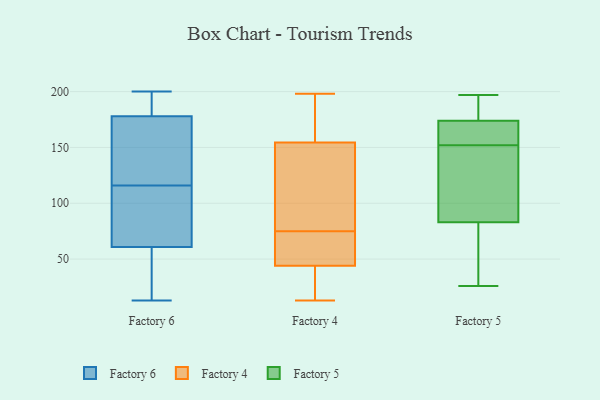
{"axis": {"x": "Demand Index", "y": "Value"}, "legend": ["Factory 4", "Factory 5", "Factory 6"], "data": [{"x": "", "y": 199, "type": "Factory 6"}, {"x": "", "y": 13, "type": "Factory 6"}, {"x": "", "y": 99, "type": "Factory 6"}, {"x": "", "y": 41, "type": "Factory 6"}, {"x": "", "y": 172, "type": "Factory 6"}, {"x": "", "y": 192, "type": "Factory 6"}, {"x": "", "y": 134, "type": "Factory 6"}, {"x": "", "y": 180, "type": "Factory 6"}, {"x": "", "y": 73, "type": "Factory 6"}, {"x": "", "y": 200, "type": "Factory 6"}, {"x": "", "y": 29, "type": "Factory 6"}, {"x": "", "y": 66, "type": "Factory 6"}, {"x": "", "y": 59, "type": "Factory 6"}, {"x": "", "y": 120, "type": "Factory 6"}, {"x": "", "y": 116, "type": "Factory 6"}, {"x": "", "y": 67, "type": "Factory 4"}, {"x": "", "y": 187, "type": "Factory 4"}, {"x": "", "y": 115, "type": "Factory 4"}, {"x": "", "y": 129, "type": "Factory 4"}, {"x": "", "y": 63, "type": "Factory 4"}, {"x": "", "y": 148, "type": "Factory 4"}, {"x": "", "y": 162, "type": "Factory 4"}, {"x": "", "y": 193, "type": "Factory 4"}, {"x": "", "y": 161, "type": "Factory 4"}, {"x": "", "y": 55, "type": "Factory 4"}, {"x": "", "y": 30, "type": "Factory 4"}, {"x": "", "y": 31, "type": "Factory 4"}, {"x": "", "y": 15, "type": "Factory 4"}, {"x": "", "y": 118, "type": "Factory 4"}, {"x": "", "y": 81, "type": "Factory 4"}, {"x": "", "y": 198, "type": "Factory 4"}, {"x": "", "y": 69, "type": "Factory 4"}, {"x": "", "y": 13, "type": "Factory 4"}, {"x": "", "y": 33, "type": "Factory 4"}, {"x": "", "y": 58, "type": "Factory 4"}, {"x": "", "y": 170, "type": "Factory 5"}, {"x": "", "y": 164, "type": "Factory 5"}, {"x": "", "y": 106, "type": "Factory 5"}, {"x": "", "y": 190, "type": "Factory 5"}, {"x": "", "y": 140, "type": "Factory 5"}, {"x": "", "y": 180, "type": "Factory 5"}, {"x": "", "y": 26, "type": "Factory 5"}, {"x": "", "y": 173, "type": "Factory 5"}, {"x": "", "y": 83, "type": "Factory 5"}, {"x": "", "y": 166, "type": "Factory 5"}, {"x": "", "y": 197, "type": "Factory 5"}, {"x": "", "y": 135, "type": "Factory 5"}, {"x": "", "y": 43, "type": "Factory 5"}, {"x": "", "y": 81, "type": "Factory 5"}, {"x": "", "y": 35, "type": "Factory 5"}, {"x": "", "y": 92, "type": "Factory 5"}, {"x": "", "y": 174, "type": "Factory 5"}, {"x": "", "y": 175, "type": "Factory 5"}]}